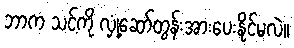
ဘာက သင့်ကို လှုံ့ဆော်တွန်းအားပေးနိုင်မလဲ။